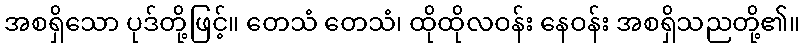
အစရှိသော ပုဒ်တို့ဖြင့်။ တေသံ တေသံ၊ ထိုထိုလဝန်း နေဝန်း အစရှိသညတို့၏။